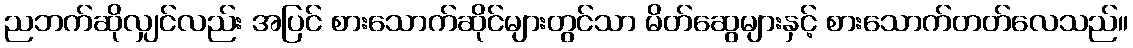
ညဘက်ဆိုလျှင်လည်း အပြင် စားသောက်ဆိုင်များတွင်သာ မိတ်ဆွေများနှင့် စားသောက်တတ်လေသည်။